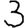
Digit: 3